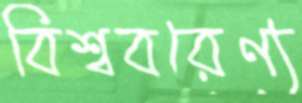
বিশ্ববরেণ্য